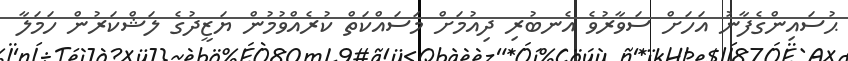
ޙުސައިންގެފާނު އަހަށް ސަވާރުވެ އެނބުރި ދިއުމަށް މަސައްކަތް ކުރެއްވުމުން ޔަޒީދުގެ ލަޝްކަރުން ހަމަލާ